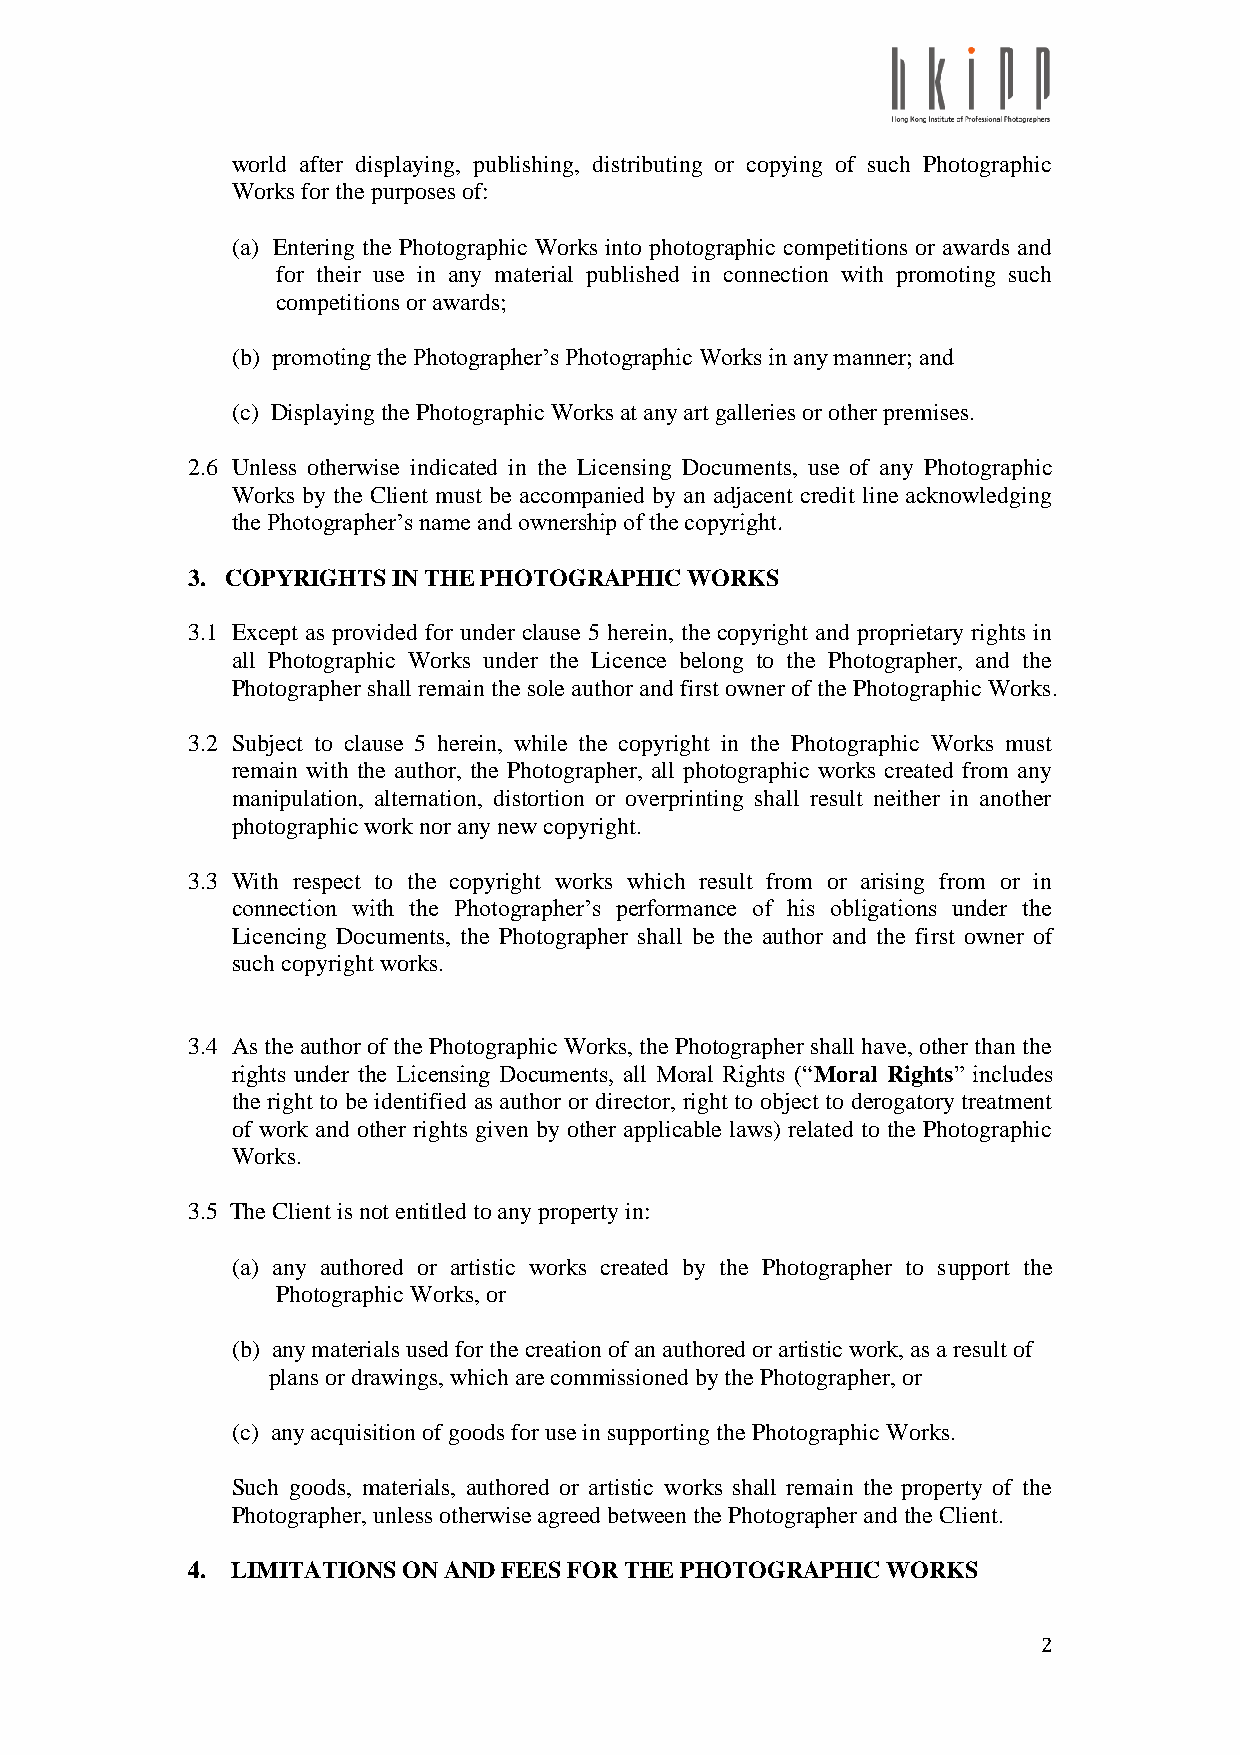
world after displaying, publishing, distributing or copying of such Photographic
 Works for the purposes of:
 (a) Entering the Photographic Works into photographic competitions or awards and
 for their use in any material published in connection with promoting such
 competitions or awards;
 (b) promoting the Photographer’s Photographic Works in any manner; and
 (c) Displaying the Photographic Works at any art galleries or other premises.
 2.6 Unless otherwise indicated in the Licensing Documents, use of any Photographic
 Works by the Client must be accompanied by an adjacent credit line acknowledging
 the Photographer’s name and ownership of the copyright.
 3. COPYRIGHTS IN THE PHOTOGRAPHIC WORKS
 3.1 Except as provided for under clause 5 herein, the copyright and proprietary rights in
 all Photographic Works under the Licence belong to the Photographer, and the
 Photographer shall remain the sole author and first owner of the Photographic Works.
 3.2 Subject to clause 5 herein, while the copyright in the Photographic Works must
 remain with the author, the Photographer, all photographic works created from any
 manipulation, alternation, distortion or overprinting shall result neither in another
 photographic work nor any new copyright.
 3.3 With respect to the copyright works which result from or arising from or in
 connection with the Photographer’s performance of his obligations under the
 Licencing Documents, the Photographer shall be the author and the first owner of
 such copyright works.
 3.4 As the author of the Photographic Works, the Photographer shall have, other than the
 rights under the Licensing Documents, all Moral Rights (“Moral Rights” includes
 the right to be identified as author or director, right to object to derogatory treatment
 of work and other rights given by other applicable laws) related to the Photographic
 Works.
 3.5 The Client is not entitled to any property in:
 (a) any authored or artistic works created by the Photographer to support the
 Photographic Works, or
 (b) any materials used for the creation of an authored or artistic work, as a result of
 plans or drawings, which are commissioned by the Photographer, or
 (c) any acquisition of goods for use in supporting the Photographic Works.
 Such goods, materials, authored or artistic works shall remain the property of the
 Photographer, unless otherwise agreed between the Photographer and the Client.
 4. LIMITATIONS ON AND FEES FOR THE PHOTOGRAPHIC WORKS
 2